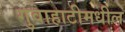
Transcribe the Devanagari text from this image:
गुवाहाटीमधील